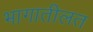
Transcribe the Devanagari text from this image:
भागातीलत